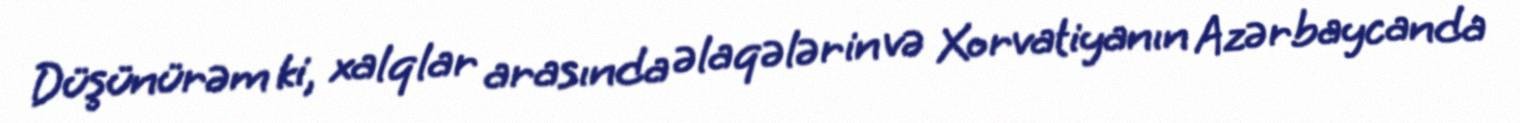
Düşünürəm ki, xalqlar arasında əlaqələrin və Xorvatiyanın Azərbaycanda